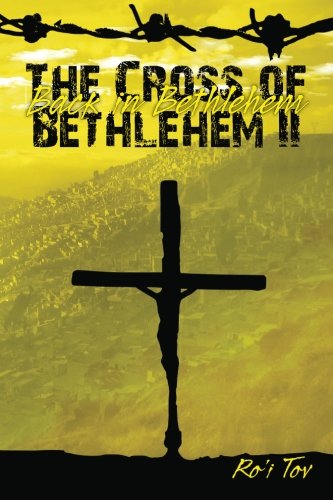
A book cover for The Cross of Bethlehem II: Back in Bethlehem (Volume 2); Ro'i Tov; Religion & Spirituality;